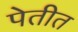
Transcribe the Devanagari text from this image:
पेतीत